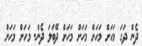
ދެން ދަގަ މަހަށް މަހަށް މަހަށް މަހަށް ދޭބަލަ ދެން. މަހަށް މަހަށް